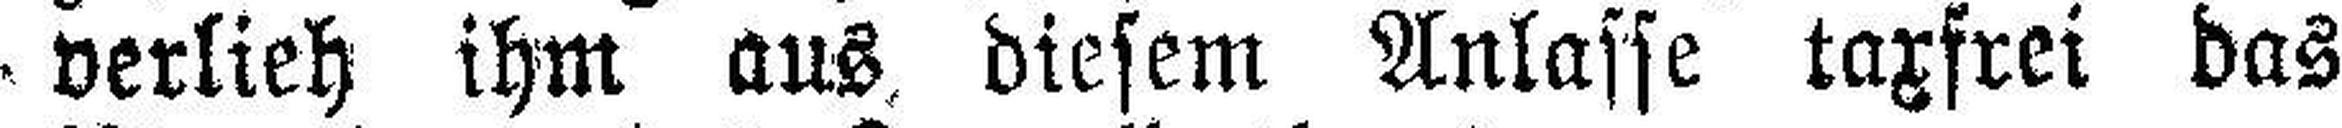
verlieh ihm aus diesem Anlasse taxfrei das